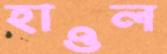
হাওল